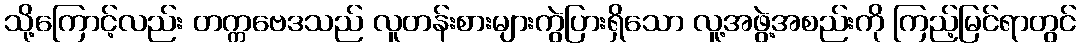
သို့ကြောင့်လည်း တက္ကဗေဒသည် လူတန်းစားများကွဲပြားရှိသော လူ့အဖွဲ့အစည်းကို ကြည့်မြင်ရာတွင်